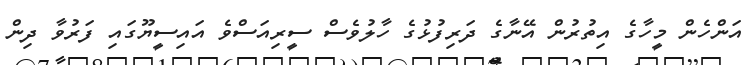
އަންހެން މީހާގެ އިތުރުން އޭނާގެ ދަރިފުޅުގެ ހާލުވެސް ސީރިއަސްވެ އައިސީޔޫގައި ފަރުވާ ދިން